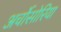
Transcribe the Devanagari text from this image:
अर्चोसोरिया